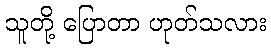
သူတို့ ပြောတာ ဟုတ်သလား